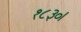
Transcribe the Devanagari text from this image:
१८३०।